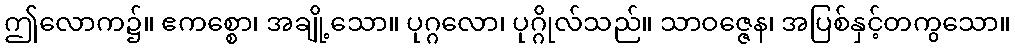
ဤလောက၌။ ဧကစ္စော၊ အချို့သော။ ပုဂ္ဂလော၊ ပုဂ္ဂိုလ်သည်။ သာဝဇ္ဇေန၊ အပြစ်နှင့်တကွသော။